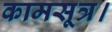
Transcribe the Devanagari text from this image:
कामसूत्र।